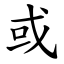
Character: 或